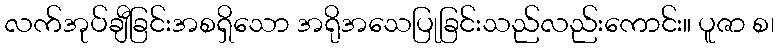
လက်အုပ်ချီခြင်းအစရှိသော အရိုအသေပြုခြင်းသည်လည်းကောင်း။ ပူဇာ စ၊